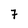
Character: 7